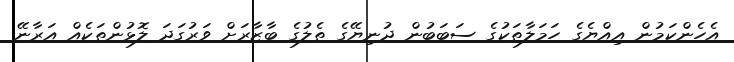
އެހެންކަމުން އިއްޔެގެ ހަމަލާތަކުގެ ސަބަބުން ދުނިޔޭގެ ތެލުގެ ބާޒާރަށް ވަރުގަދަ ލޮޅުންތަކެއް އަރާނޭ